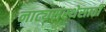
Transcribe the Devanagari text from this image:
नाट्यसंस्थेसाठी